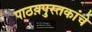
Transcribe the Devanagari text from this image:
पाठय़पुस्तकांचे